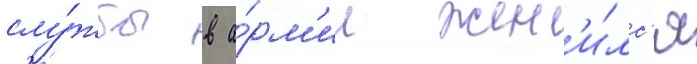
слу́жбы в а́рм'ии жен'и́лс'я